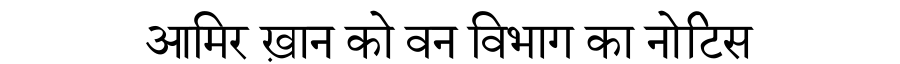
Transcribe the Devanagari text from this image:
आमिर ख़ान को वन विभाग का नोटिस